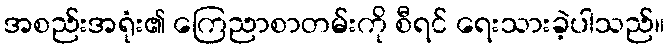
အစည်းအရုံး၏ ကြေညာစာတမ်းကို စီရင် ရေးသားခဲ့ပါသည်။